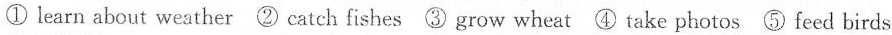
① learn about weather ② catch fishes ③ grow wheat ④ take photos ⑤ feed birds